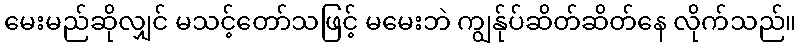
မေးမည်ဆိုလျှင် မသင့်တော်သဖြင့် မမေးဘဲ ကျွန်ုပ်ဆိတ်ဆိတ်နေ လိုက်သည်။